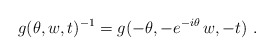
\begin{align*} g(\theta,w,t)^{-1} = g(-\theta, - e^{-i\theta}\, w, -t)~.\end{align*}